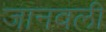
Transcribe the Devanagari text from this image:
जानवली